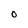
Character: O